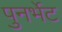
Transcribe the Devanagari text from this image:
पुनर्भेट